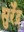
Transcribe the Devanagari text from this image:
सुर्रेंद्र